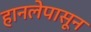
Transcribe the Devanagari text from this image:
हानलेपासून